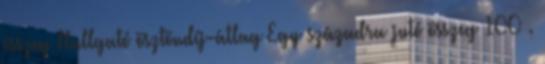
összeg Hallgató ösztöndíj-átlag Egy századra jutó összeg 100 .